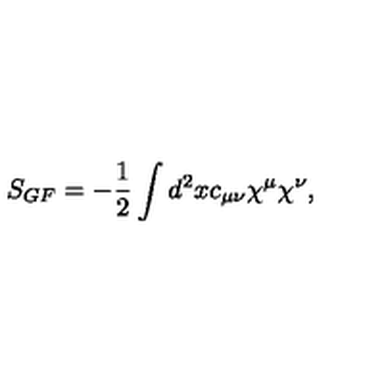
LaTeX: S _ { G F } = - { \frac { 1 } { 2 } } \int d ^ { 2 } x c _ { \mu \nu } \chi ^ { \mu } \chi ^ { \nu } ,